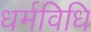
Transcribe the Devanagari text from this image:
धर्मविधि